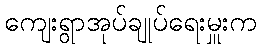
ကျေးရွာအုပ်ချုပ်ရေးမှူးက